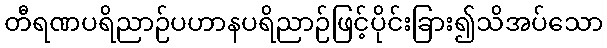
တီရဏပရိညာဉ်ပဟာနပရိညာဉ်ဖြင့်ပိုင်းခြား၍သိအပ်သော